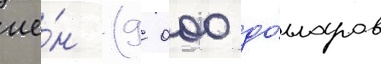
ие́н (9 000 до́лларов